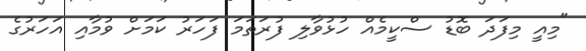
"މިއީ މިފަދަ ބޮޑު ސްކީމެއް ހުޅުވާލި ފުރަތަމަ ފަހަރު ކަމަށް ވުމާއި އަހަރުގެ